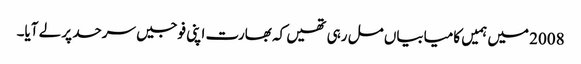
2008 میں ہمیں کامیابیاں مل رہی تھیں کہ بھارت اپنی فوجیں سرحد پر لے آیا۔